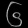
Digit: ၆